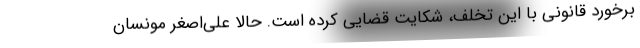
برخورد قانونی با این تخلف، شکایت قضایی کرده است. حالا علی‌اصغر مونسان